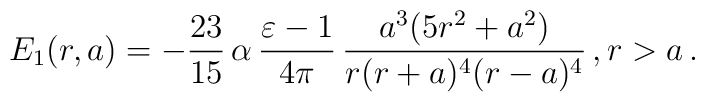
E_1 (r, a)= - \frac{23}{15} \, \alpha \, \frac{\varepsilon - 1}{4 \pi} \,\frac{ a^3 (5 r^2 + a^2)}{r (r+a)^4 (r-a)^4}\, , r>a \,.